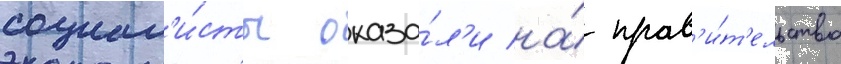
социал'и́сты оказа́л'и на́ прав'и́т'ельство